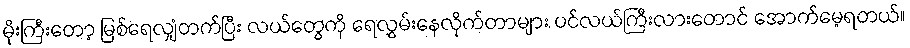
မိုးကြီးတော့ မြစ်ရေလျှံတက်ပြီး လယ်တွေကို ရေလွှမ်းနေလိုက်တာများ ပင်လယ်ကြီးလားတောင် အောက်မေ့ရတယ်။